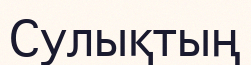
Сулықтың